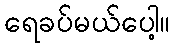
ရေခပ်မယ်ပေါ့။